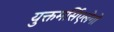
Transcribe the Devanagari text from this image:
युक्तमर्सिएलेगो